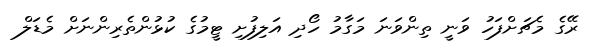
ރޭގެ މެޗަށްފަހު ވަނީ ތިންވަނަ މަގާމު ހޯދި އަލިފުށި ޓީމުގެ ކުޅުންތެރިންނަށް މެޑަލް